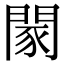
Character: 𨴯